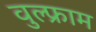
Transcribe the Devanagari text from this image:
वुल्फ्राम